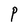
Character: P